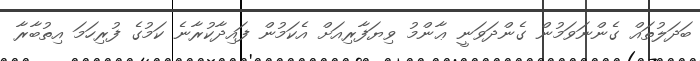
ބަދަލުތައް ގެންނަވަމުން ގެންދަވަނީ ޢާންމު ވިޔަފާރިއަށް އެކަމުން ފައިދާކުރާނެ ކަމުގެ ފުރިހަމަ އިތުބާރާ